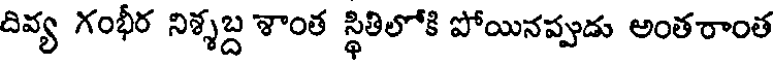
దివ్య గంభీర నిశ్శబ్ద శాంత స్థితిలోకి పోయినప్పుడు అంతరాంత